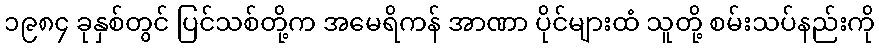
၁၉၈၄ ခုနှစ်တွင် ပြင်သစ်တို့က အမေရိကန် အာဏာ ပိုင်များထံ သူတို့ စမ်းသပ်နည်းကို